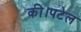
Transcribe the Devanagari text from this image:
की।पटेल